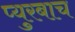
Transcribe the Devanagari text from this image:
प्युरबाच